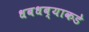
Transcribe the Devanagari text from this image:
धबधब्याकडे